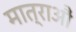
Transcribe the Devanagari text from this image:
मात्राऔं